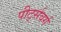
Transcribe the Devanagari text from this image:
पीर्ट्सवर्ग